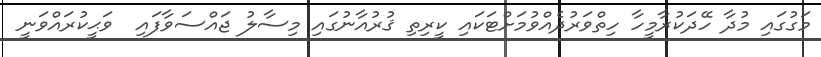
މަގުގައި މުދާ ހޭދަކުރާމީހާ ހިތްވަރުދެއްވުމަށްޓަކައި ކީރިތި ޤުރުއާނުގައި މިސާލު ޖައްސަވާފައި  ވަޙީކުރައްވަނީ